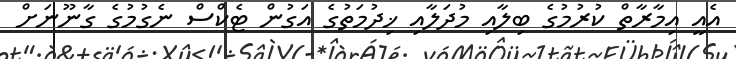
އެއީ އިމާރާތް ކުރުމުގެ ބިލާއި މުދަލާއި ޚިދުމަތުގެ އަގުން ޓެކްސް ނެގުމުގެ ގާނޫނަށް